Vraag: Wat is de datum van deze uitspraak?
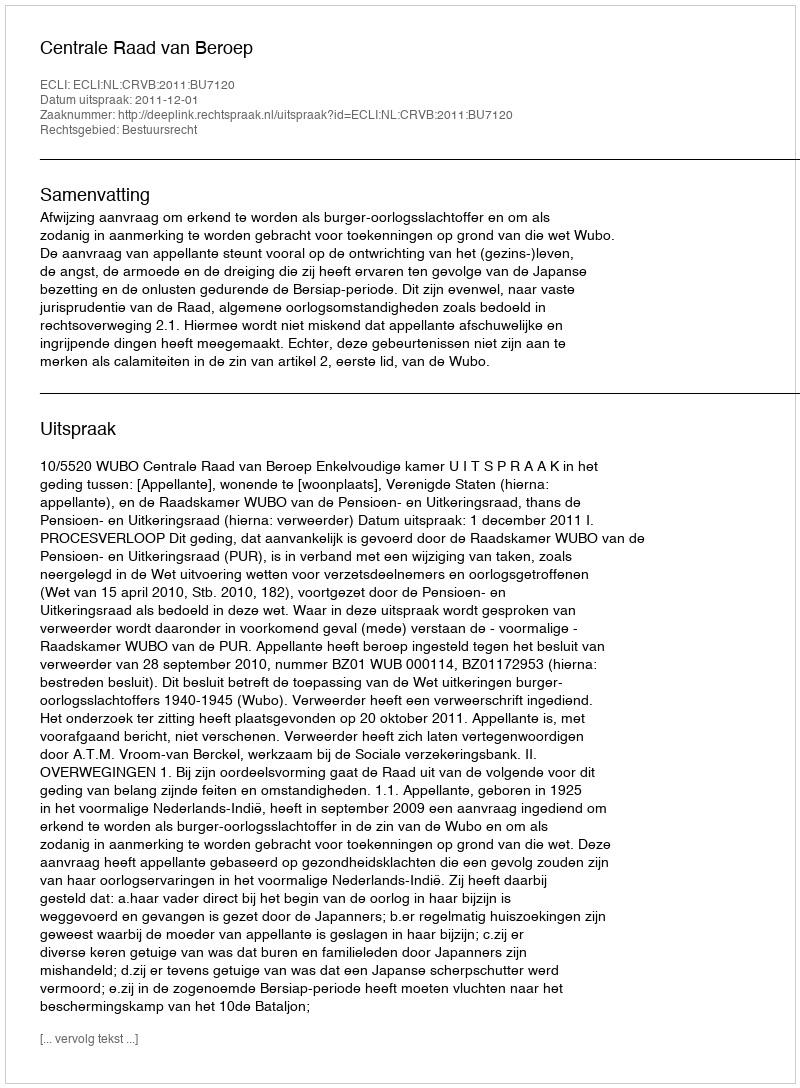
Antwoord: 2011-12-01